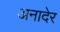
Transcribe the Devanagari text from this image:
अनादेर